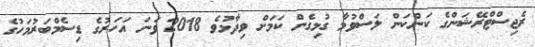
ރެޖިސްޓްރޭޝަންގެ ކަންކަން ލަސްވުމާ ގުޅިގެން ކަމަށް ވިދާޅުވެ 2018 ވަނަ އަހަރުގެ ޑިސެމްބަރުމަހުގެ